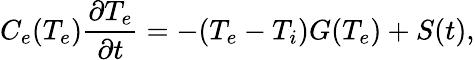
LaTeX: C_{e}(T_{e})\frac{\partial T_{e}}{\partial t}=-(T_{e}-T_{i})G(T_{e})+S(t),